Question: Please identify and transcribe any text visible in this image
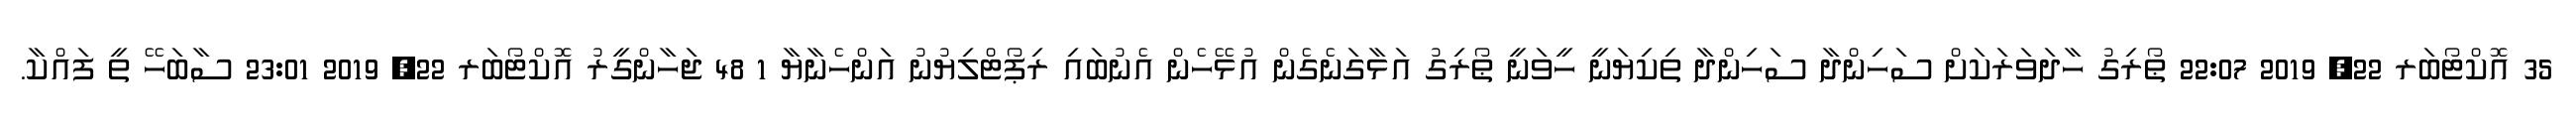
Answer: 35 އޮކްޓޯބަރ 22, 2019 22:07 ޠޯރިގު ހާދަވަރަކަށް ސަހިންދާ ސަހިންދާ ތިކިޔަނީ ހީވަނީ ޠޯރިގު އަޅާގަނެގެން އުޅޭހެން އެނުބައި ރިޕޯޓްލިޔުނު އަންހެނާޔާ 1 48 ޖަހާންގީރު އޮކްޓޯބަރ 22, 2019 23:01 ސާބަހޭ ތީ ފައްކާ.